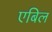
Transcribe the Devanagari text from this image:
एबिल